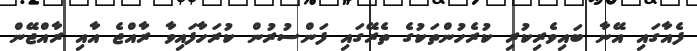
ފެއާގައި އޭނާ ބައިވެރިކުރި ކުރެހުންތަކުގެ ތެރޭގައި ފަންސުރުން ކުރަހާފައިވާ ރާއްޖެ އާއި ރާއްޖޭން